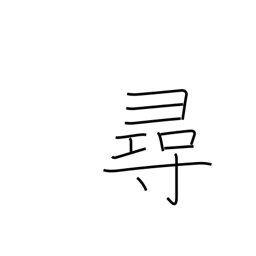
Meaning: look for